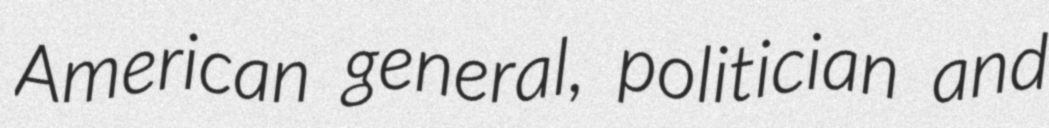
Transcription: American general, politician and